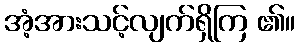
အံ့အားသင့်လျက်ရှိကြ ၏။